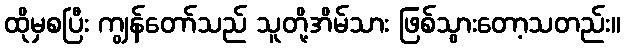
ထိုမှစပြီး ကျွန်တော်သည် သူတို့အိမ်သား ဖြစ်သွားတော့သတည်း။